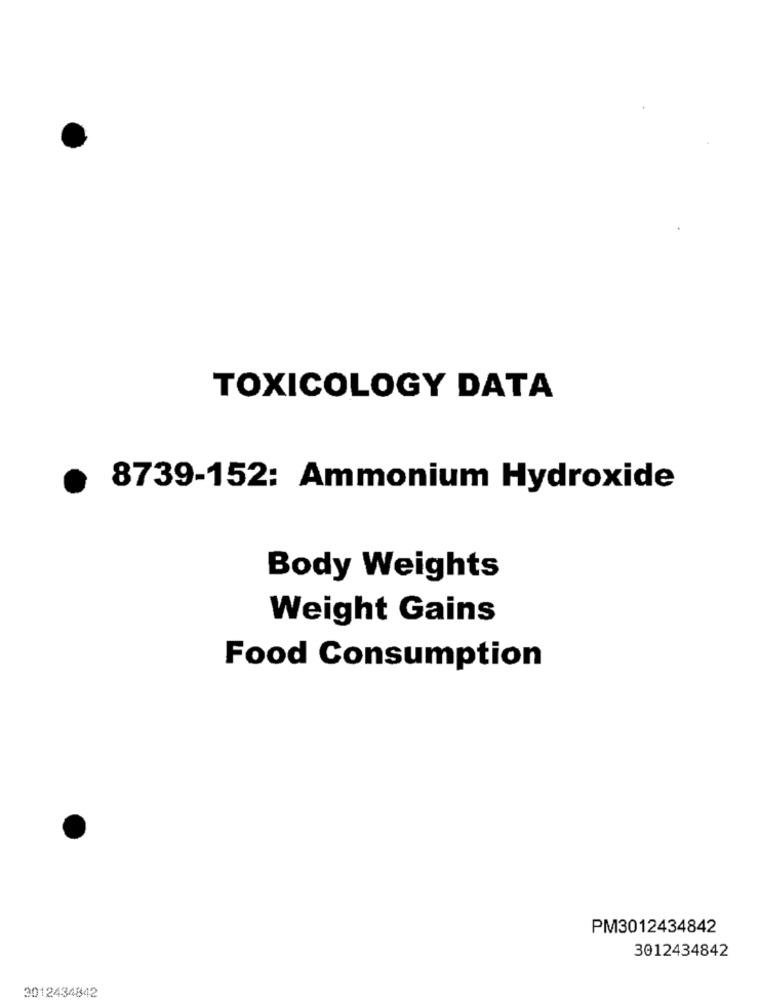
TOXICOLOGY DATA
8739-152: Ammonium Hydroxide
Body Weights
Weight Gains
Food Consumption
PM3012434842
3012434842
3012434842